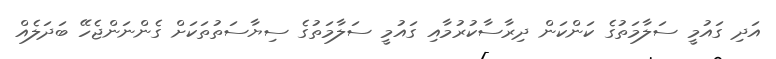
އަދި ގައުމީ ސަލާމަތުގެ ކަންކަން ދިރާސާކުރުމާއި ގައުމީ ސަލާމަތުގެ ސިޔާސަތުތަކަށް ގެންނަންޖެހޭ ބަދަލެއް